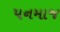
પનમાજ